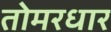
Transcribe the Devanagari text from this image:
तोमरधार